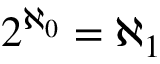
2 ^ { \aleph _ { 0 } } = \aleph _ { 1 }